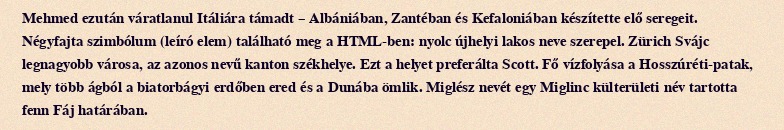
Mehmed ezután váratlanul Itáliára támadt – Albániában, Zantéban és Kefaloniában készítette elő seregeit. Négyfajta szimbólum (leíró elem) található meg a HTML-ben: nyolc újhelyi lakos neve szerepel. Zürich Svájc legnagyobb városa, az azonos nevű kanton székhelye. Ezt a helyet preferálta Scott. Fő vízfolyása a Hosszúréti-patak, mely több ágból a biatorbágyi erdőben ered és a Dunába ömlik. Miglész nevét egy Miglinc külterületi név tartotta fenn Fáj határában.